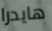
هايدرا